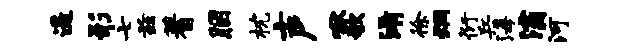
遥形七兹蓍胭枕声啾欹淆徐炯衍兵海灞河